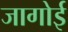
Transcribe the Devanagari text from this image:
जागोई